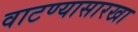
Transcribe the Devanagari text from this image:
वाटण्यासारखा